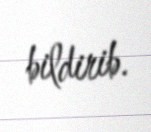
bildirib.